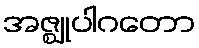
အဇ္ဈုပါဂတော